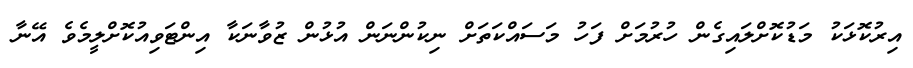
އިރުކޮޅަކު މަޑުކޮށްލައިގެން ހުރުމަށް ފަހު މަސައްކަތަށް ނިކުންނަން އުޅުން ޒުވާނަކާ އިންޓަވިއުކޮށްލީމެވެ އޭނާ